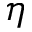
\eta